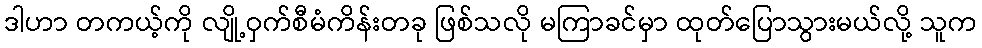
ဒါဟာ တကယ့်ကို လျို့ဝှက်စီမံကိန်းတခု ဖြစ်သလို မကြာခင်မှာ ထုတ်ပြောသွားမယ်လို့ သူက